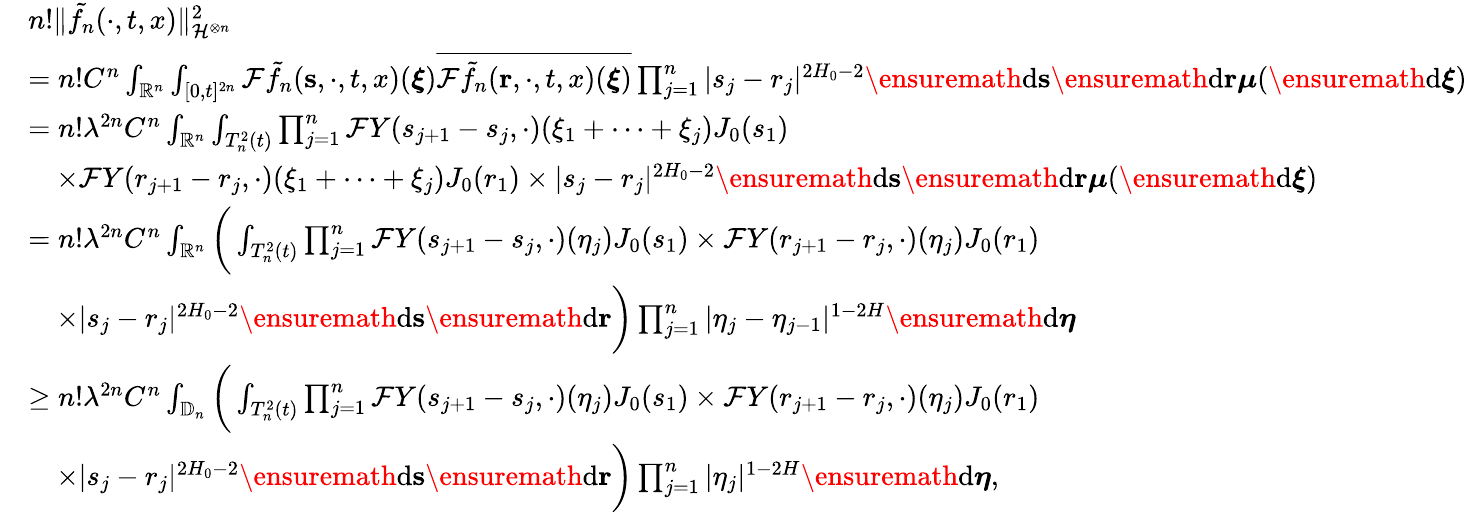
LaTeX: \begin{array}{rl}&{n!\Vert\tilde{f_{n}}(\cdot,t,x)\Vert_{\mathcal{H}^{\otimes n}}^{2}}\\ &{=n!C^{n}\int_{\mathbb{R}^{n}}\int_{[0,t]^{2n}}\mathcal{F}\tilde{f}_{n}(\mathbf s,\cdot,t,x)(\boldsymbol\xi)\overline{{\mathcal{F}\tilde{f}_{n}(\mathbf r,\cdot,t,x)(\boldsymbol\xi)}}\prod_{j=1}^{n}|s_{j}-r_{j}|^{2H_{0}-2}\ensuremath{\mathrm{d}}\mathbf{s}\ensuremath{\mathrm{d}}\mathbf{r}\boldsymbol\mu(\ensuremath{\mathrm{d}}\boldsymbol\xi)}\\ &{=n!\lambda^{2n}C^{n}\int_{\mathbb{R}^{n}}\int_{T_{n}^{2}(t)}\prod_{j=1}^{n}\mathcal{F}Y(s_{j+1}-s_{j},\cdot)(\xi_{1}+\dots+\xi_{j})J_{0}(s_{1})}\\ &{\quad\times\mathcal{F}Y(r_{j+1}-r_{j},\cdot)(\xi_{1}+\dots+\xi_{j})J_{0}(r_{1})\times|s_{j}-r_{j}|^{2H_{0}-2}\ensuremath{\mathrm{d}}\mathbf{s}\ensuremath{\mathrm{d}}\mathbf{r}\boldsymbol\mu(\ensuremath{\mathrm{d}}\boldsymbol\xi)}\\ &{=n!\lambda^{2n}C^{n}\int_{\mathbb{R}^{n}}\bigg(\int_{T_{n}^{2}(t)}\prod_{j=1}^{n}\mathcal{F}Y(s_{j+1}-s_{j},\cdot)(\eta_{j})J_{0}(s_{1})\times\mathcal{F}Y(r_{j+1}-r_{j},\cdot)(\eta_{j})J_{0}(r_{1})}\\ &{\quad\times|s_{j}-r_{j}|^{2H_{0}-2}\ensuremath{\mathrm{d}}\mathbf{s}\ensuremath{\mathrm{d}}\mathbf{r}\bigg)\prod_{j=1}^{n}|\eta_{j}-\eta_{j-1}|^{1-2H}\ensuremath{\mathrm{d}}\boldsymbol\eta}\\ &{\ge n!\lambda^{2n}C^{n}\int_{\mathbb{D}_{n}}\bigg(\int_{T_{n}^{2}(t)}\prod_{j=1}^{n}\mathcal{F}Y(s_{j+1}-s_{j},\cdot)(\eta_{j})J_{0}(s_{1})\times\mathcal{F}Y(r_{j+1}-r_{j},\cdot)(\eta_{j})J_{0}(r_{1})}\\ &{\quad\times|s_{j}-r_{j}|^{2H_{0}-2}\ensuremath{\mathrm{d}}\mathbf{s}\ensuremath{\mathrm{d}}\mathbf{r}\bigg)\prod_{j=1}^{n}|\eta_{j}|^{1-2H}\ensuremath{\mathrm{d}}\boldsymbol\eta,}\end{array}